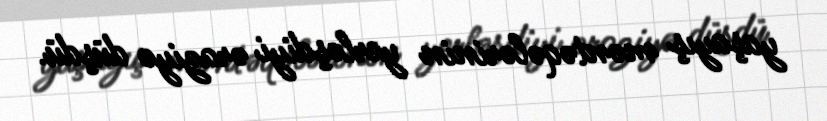
yaşayış məntəqələrinin yerləşdiyi əraziyə düşdü.